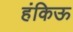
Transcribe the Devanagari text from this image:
हंकिऊ